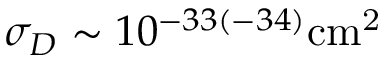
\sigma _ { D } \sim 1 0 ^ { - 3 3 ( - 3 4 ) } \mathrm { { c m } ^ { 2 } }